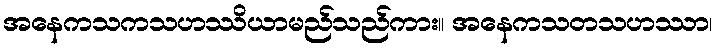
အနေကသကသဟဿိယာမည်သည်ကား။ အနေကသတသဟဿာ၊